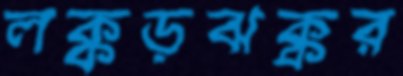
লক্কড়ঝক্কর